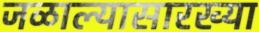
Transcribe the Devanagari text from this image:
जळाल्यासारख्या